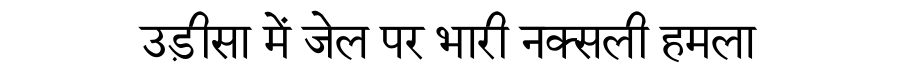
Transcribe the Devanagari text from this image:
उड़ीसा में जेल पर भारी नक्सली हमला